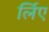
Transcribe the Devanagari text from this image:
र्लिए